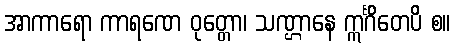
အာကာရော ကာရဏေ ဝုတ္တော၊ သဏ္ဌာနေ ဣင်္ဂိတေပိ စ။